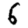
Digit: 6